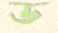
ড